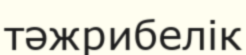
тәжрибелік